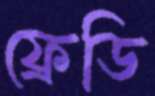
ফ্রেডি